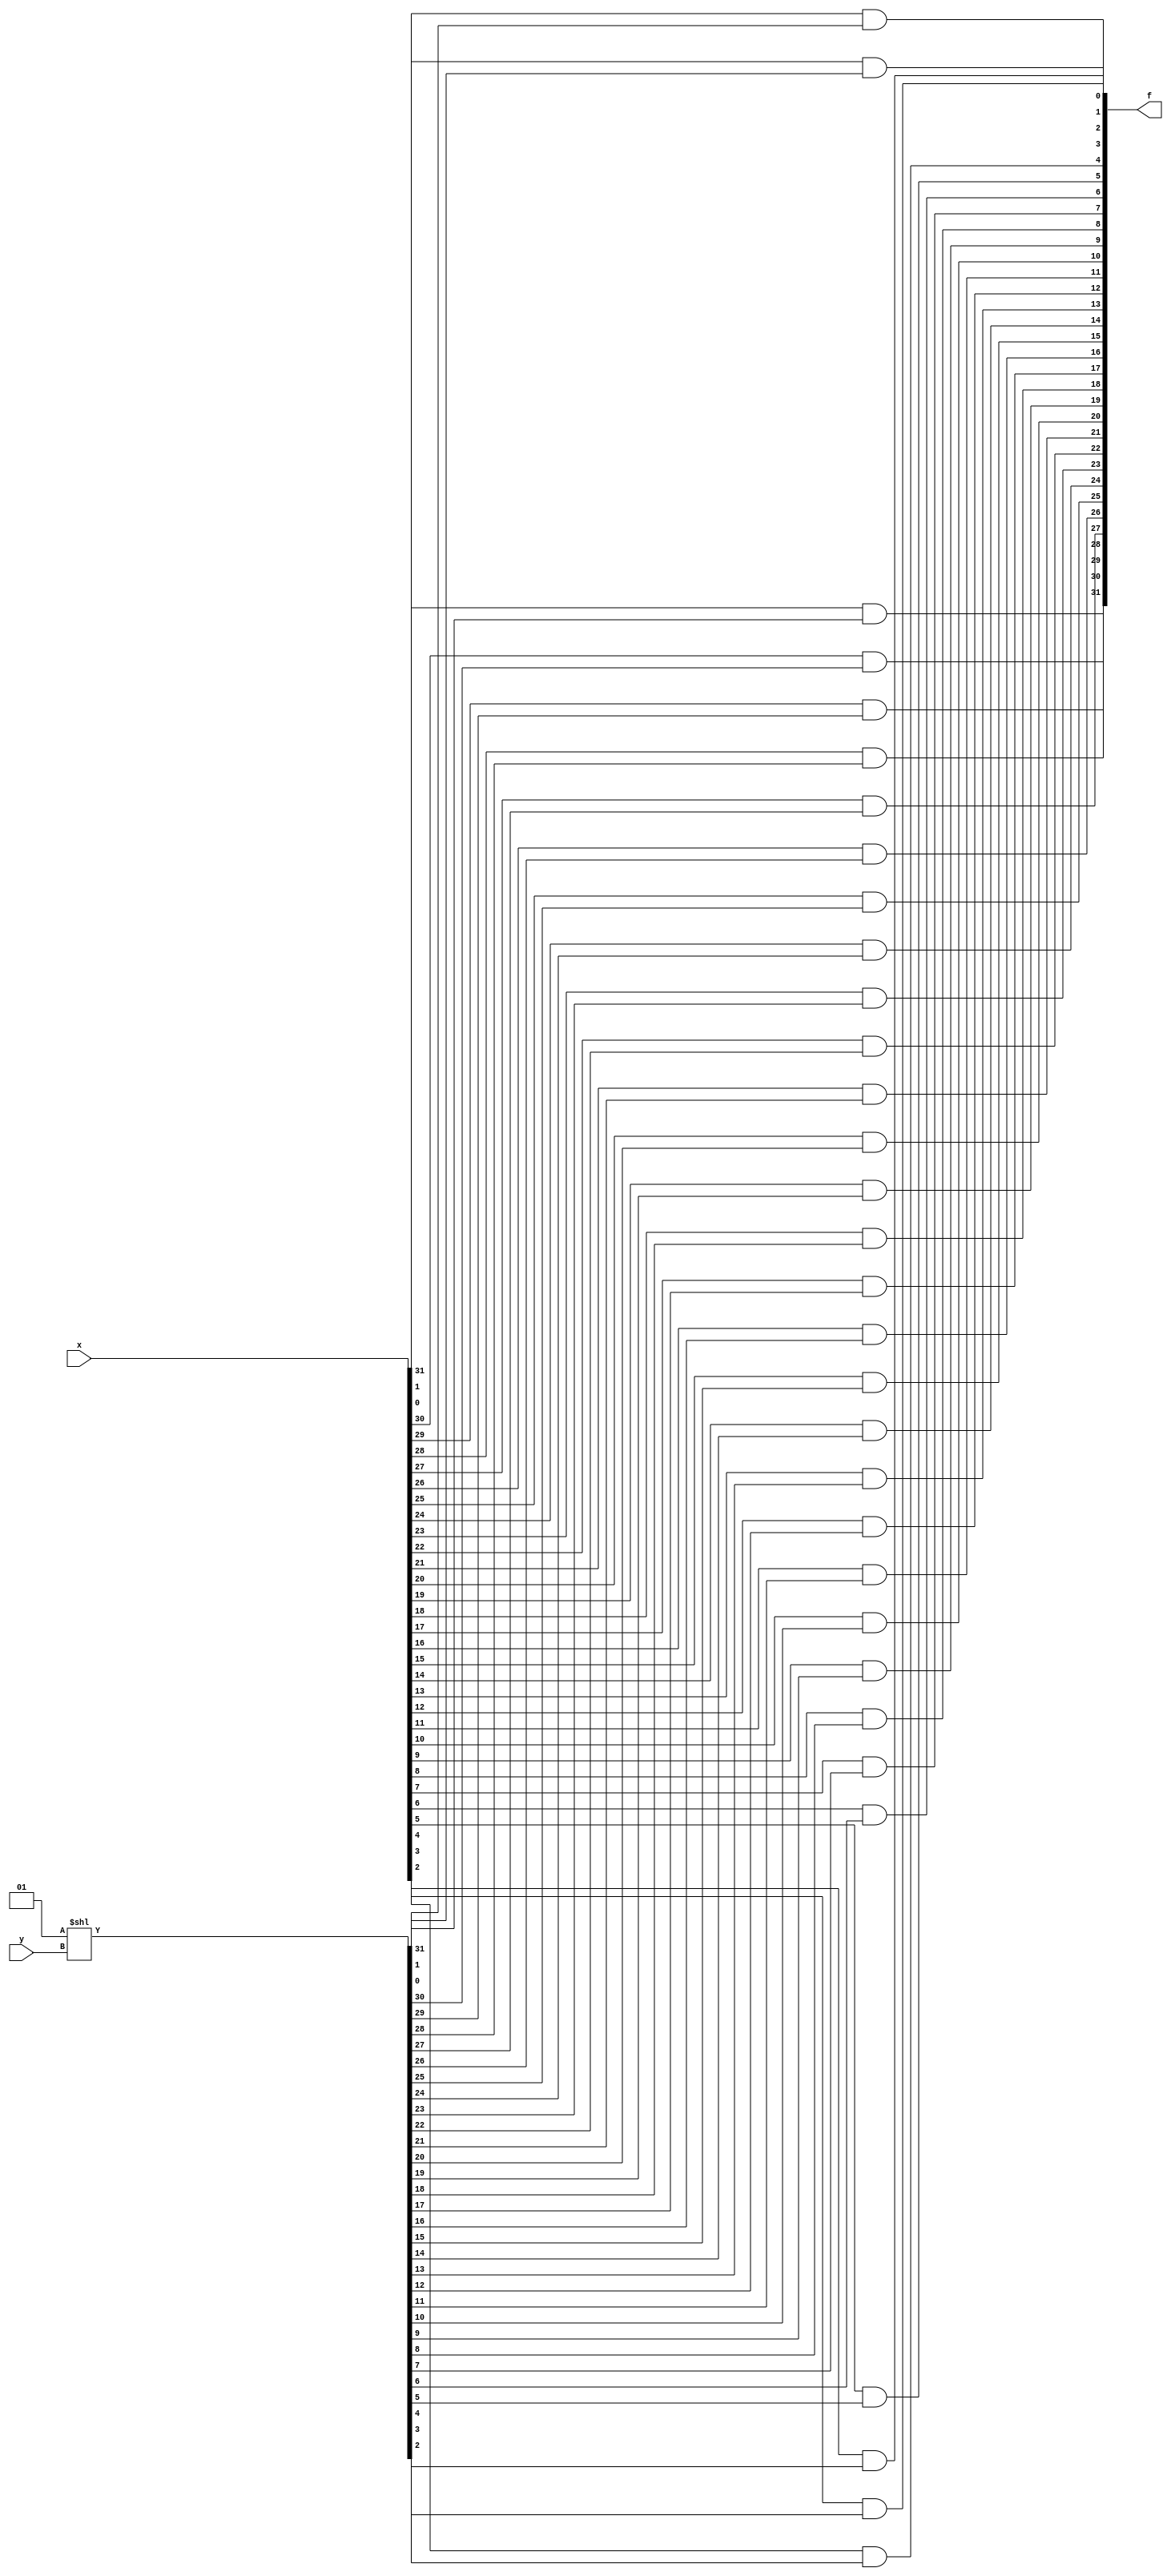
module right_truncation(f,x,y);//
input  [31:0] x;
input  [4:0]y;
output [31:0]f;
wire [31:0]temp;
assign temp=1<<y;
wire temp2;
assign temp2=0;
or or1(w1,temp[31],temp2);
and and1(f[31],x[31],w1);

or or2(w2,temp[30],temp2);
and and2(f[30],x[30],w2);

or or3(w3,temp[29],temp2);
and and3(f[29],x[29],w3);

or or4(w4,temp[28],temp2);
and and4(f[28],x[28],w4);

or or5(w5,temp[27],temp2);
and and5(f[27],x[27],w5);

or or6(w6,temp[26],temp2);
and and6(f[26],x[26],w6);

or or7(w7,temp[25],temp2);
and and7(f[25],x[25],w7);

or or8(w8,temp[24],temp2);
and and8(f[24],x[24],w8);

or or9(w9,temp[23],temp2);
and and9(f[23],x[23],w9);

or or10(w10,temp[22],temp2);
and and10(f[22],x[22],w10);

or or11(w11,temp[21],temp2);
and and11(f[21],x[21],w11);

or or12(w12,temp[20],temp2);
and and12(f[20],x[20],w12);

or or13(w13,temp[19],temp2);
and and13(f[19],x[19],w13);

or or14(w14,temp[18],temp2);
and and14(f[18],x[18],w14);

or or15(w15,temp[17],temp2);
and and15(f[17],x[17],w15);

or or16(w16,temp[16],temp2);
and and16(f[16],x[16],w16);

or or17(w17,temp[15],temp2);
and and17(f[15],x[15],w17);

or or18(w18,temp[14],temp2);
and and18(f[14],x[14],w18);

or or19(w19,temp[13],temp2);
and and19(f[13],x[13],w19);

or or20(w20,temp[12],temp2);
and and20(f[12],x[12],w20);

or or21(w21,temp[11],temp2);
and and21(f[11],x[11],w21);

or or22(w22,temp[10],temp2);
and and22(f[10],x[10],w22);

or or23(w23,temp[9],temp2);
and and23(f[9],x[9],w23);

or or24(w24,temp[8],temp2);
and and24(f[8],x[8],w24);

or or25(w25,temp[7],temp2);
and and25(f[7],x[7],w25);

or or26(w26,temp[6],temp2);
and and26(f[6],x[6],w26);

or or27(w27,temp[5],temp2);
and and27(f[5],x[5],w27);

or or28(w28,temp[4],temp2);
and and28(f[4],x[4],w28);

or or29(w29,temp[3],temp2);
and and29(f[3],x[3],w29);

or or30(w30,temp[2],temp2);
and and30(f[2],x[2],w30);

or or31(w31,temp[1],temp2);
and and31(f[1],x[1],w31);

or or32(w32,temp[0],temp2);
and and32(f[0],x[0],w32);











endmodule
module bitwiseor(x,y,f);
	input [31:0] x, y;
	output [31:0] f;
	
	or(f[0],x[0],y[0]);
	or(f[1],x[1],y[1]);
	or(f[2],x[2],y[2]);
	or(f[3],x[3],y[3]);
	or(f[4],x[4],y[4]);
	or(f[5],x[5],y[5]);
	or(f[6],x[6],y[6]);
	or(f[7],x[7],y[7]);
	or(f[8],x[8],y[8]);
	or(f[9],x[9],y[9]);
	or(f[10],x[10],y[10]);
	or(f[11],x[11],y[11]);
	or(f[12],x[12],y[12]);
	or(f[13],x[13],y[13]);
	or(f[14],x[14],y[14]);
	or(f[15],x[15],y[15]);
	or(f[16],x[16],y[16]);
	or(f[17],x[17],y[17]);
	or(f[18],x[18],y[18]);
	or(f[19],x[19],y[19]);
	or(f[20],x[20],y[20]);
	or(f[21],x[21],y[21]);
	or(f[22],x[22],y[22]);
	or(f[23],x[23],y[23]);
	or(f[24],x[24],y[24]);
	or(f[25],x[25],y[25]);
	or(f[26],x[26],y[26]);
	or(f[27],x[27],y[27]);
	or(f[28],x[28],y[28]);
	or(f[29],x[29],y[29]);
	or(f[30],x[30],y[30]);
	or(f[31],x[31],y[31]);
	
	/* FOR TESTING:
	assign x = 4'b1001;
	assign y = 4'b0011;
	
	initial
		begin
			$monitor($time,,"x=%b, y=%b, f=%b",x,y,f);
		end
	*/
endmodule
/* ========================================================= */
/*                 32BIT BITWISE AND MODULE                 */
/* ========================================================= */
module bitwiseand(x,y,f);
	input [31:0] x, y;
	output [31:0] f;
	
	and(f[0],x[0],y[0]);
	and(f[1],x[1],y[1]);
	and(f[2],x[2],y[2]);
	and(f[3],x[3],y[3]);
	and(f[4],x[4],y[4]);
	and(f[5],x[5],y[5]);
	and(f[6],x[6],y[6]);
	and(f[7],x[7],y[7]);
	and(f[8],x[8],y[8]);
	and(f[9],x[9],y[9]);
	and(f[10],x[10],y[10]);
	and(f[11],x[11],y[11]);
	and(f[12],x[12],y[12]);
	and(f[13],x[13],y[13]);
	and(f[14],x[14],y[14]);
	and(f[15],x[15],y[15]);
	and(f[16],x[16],y[16]);
	and(f[17],x[17],y[17]);
	and(f[18],x[18],y[18]);
	and(f[19],x[19],y[19]);
	and(f[20],x[20],y[20]);
	and(f[21],x[21],y[21]);
	and(f[22],x[22],y[22]);
	and(f[23],x[23],y[23]);
	and(f[24],x[24],y[24]);
	and(f[25],x[25],y[25]);
	and(f[26],x[26],y[26]);
	and(f[27],x[27],y[27]);
	and(f[28],x[28],y[28]);
	and(f[29],x[29],y[29]);
	and(f[30],x[30],y[30]);
	and(f[31],x[31],y[31]);
	
   
	// assign x = 4'b1001;
	// assign y = 4'b0011;
	
	// initial
	// 	begin
	// 		$monitor($time,,"x=%b, y=%b, f=%b",x,y,f);
	// 	end
	
endmodule